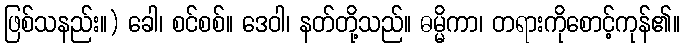
ဖြစ်သနည်း။) ခေါ၊ စင်စစ်။ ဒေဝါ၊ နတ်တို့သည်။ ဓမ္မိကာ၊ တရားကိုစောင့်ကုန်၏။